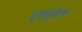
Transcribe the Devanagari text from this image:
तुटपुंजेच